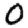
Digit: 0